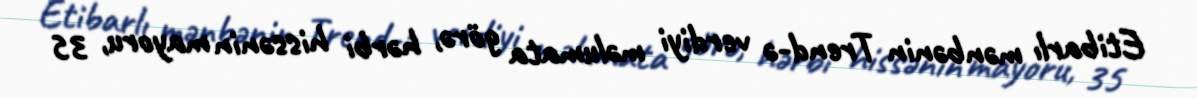
Etibarlı mənbənin Trend-ə verdiyi məlumata görə, hərbi hissənin mayoru, 35